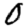
Digit: 0